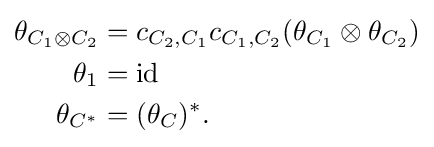
{\begin{aligned}\theta _{C_{1}\otimes C_{2}}&=c_{C_{2},C_{1}}c_{C_{1},C_{2}}(\theta _{C_{1}}\otimes \theta _{C_{2}})\\\theta _{1}&=\mathrm {id} \\\theta _{C^{*}}&=(\theta _{C})^{*}.\end{aligned}}